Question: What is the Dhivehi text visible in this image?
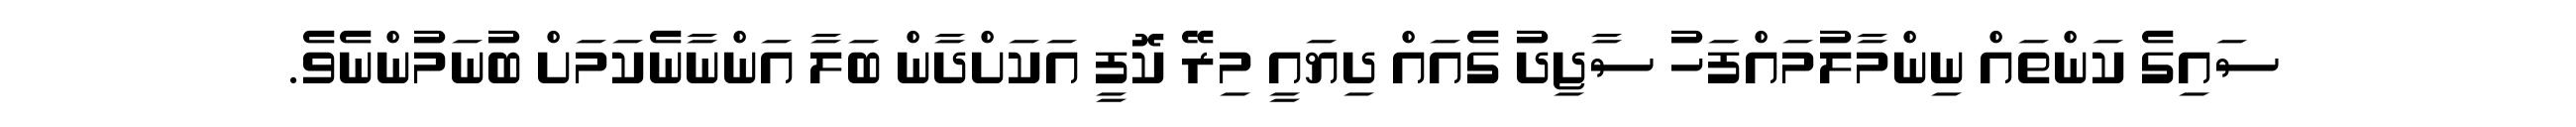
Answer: ސައިގެ ކަންތައް ނިންމާލުމައްފަހު ސާޖިދު ގެއައް ދިޔައީ މިރޭ ކޮފީ އަކަށްދާން ބަލާ އަންނާނެކަމަށް ބުނަމުންނެވެ.